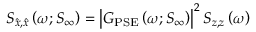
S _ { \hat { x } , \hat { x } } \left( \omega ; S _ { \infty } \right) = \left| G _ { \mathrm { P S E } } \left( \omega ; S _ { \infty } \right) \right| ^ { 2 } S _ { z , z } \left( \omega \right)